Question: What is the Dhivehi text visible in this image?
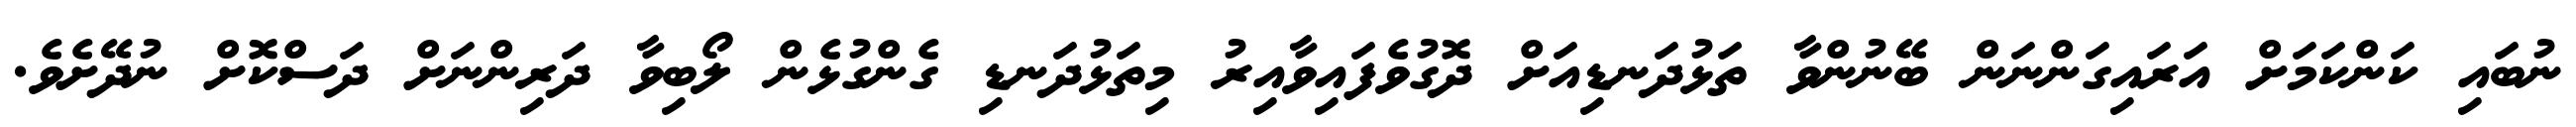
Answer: ނުބައި ކަންކަމަށް އަރައިގަންނަން ބޭނުންވާ ތަޅުދަނޑިއަށް ދޮގުވެފައިވާއިރު މިތަޅުދަނޑި ގެންގުޅެން ލޯބިވާ ދަރިންނަށް ދަސްކޮށް ނުދޭށެވެ.